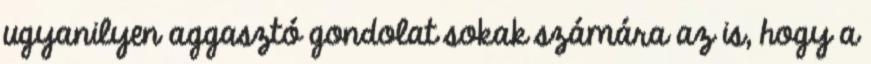
ugyanilyen aggasztó gondolat sokak számára az is, hogy a